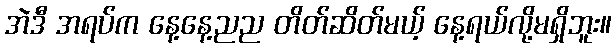
အဲဒီ အရပ်က နေ့နေ့ညည တိတ်ဆိတ်မယ့် နေ့ရယ်လို့မရှိဘူး။